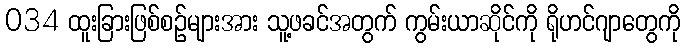
034 ထူးခြားဖြစ်စဉ်များအား သူ့ဖခင်အတွက် ကွမ်းယာဆိုင်ကို ရိုဟင်ဂျာတွေကို